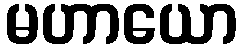
မဟာယော